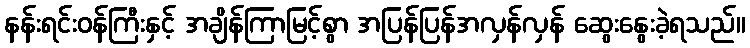
နန်းရင်းဝန်ကြီးနှင့် အချိန်ကြာမြင့်စွာ အပြန်ပြန်အလှန်လှန် ဆွေးနွေးခဲ့ရသည်။